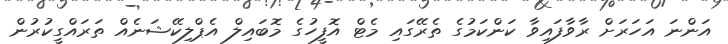
އަންނަ އަހަރަށް ރާވާފައިވާ ކަންކަމުގެ ތެރޭގައި މެޓް އޮފީހުގެ މޮބައިލް އެޕްލިކޭޝަނެއް ތަރައްގީކުރުން